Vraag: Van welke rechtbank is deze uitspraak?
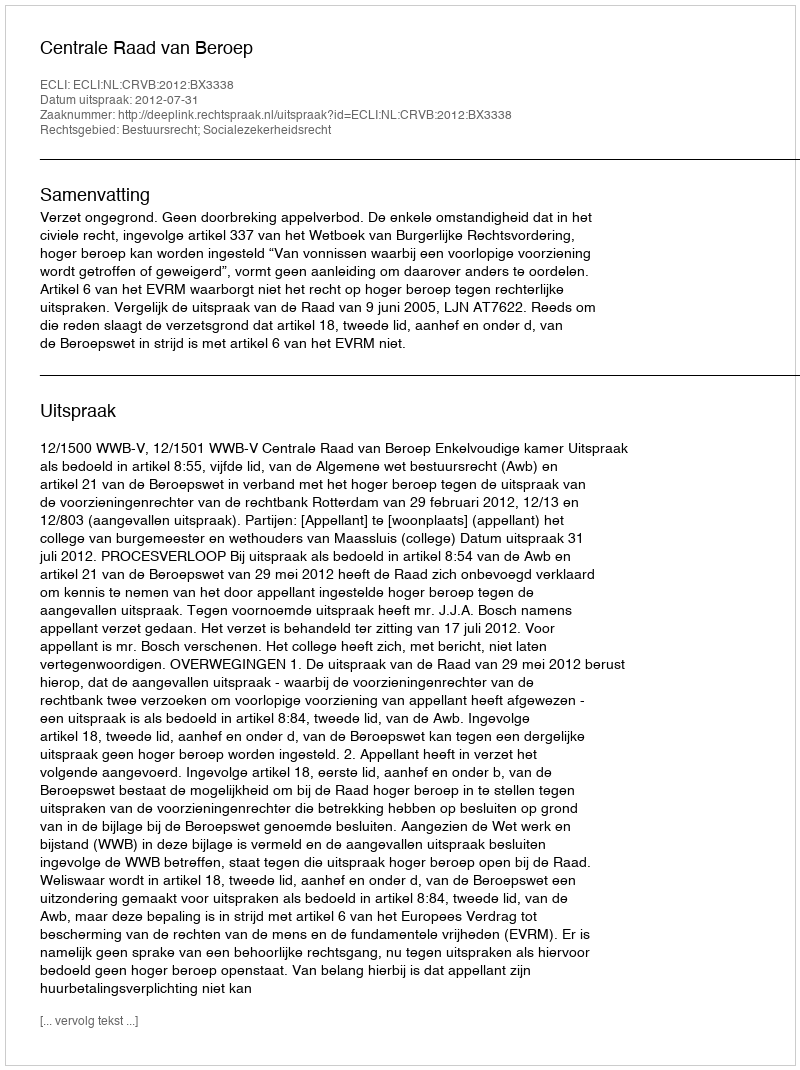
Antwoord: Centrale Raad van Beroep